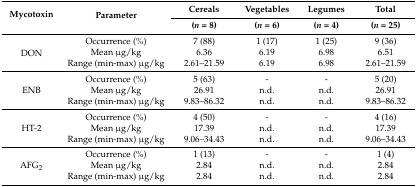
<table><thead><tr><td rowspan="2"><b>Mycotoxin</b></td><td rowspan="2"><b>Parameter</b></td><td><b>Cereals</b></td><td><b>Vegetables</b></td><td><b>Legumes</b></td><td><b>Total</b></td></tr><tr><td><b>(<i>n =</i> 8)</b></td><td><b>(<i>n =</i> 6)</b></td><td><b>(<i>n =</i> 4)</b></td><td><b>(<i>n =</i> 25)</b></td></tr></thead><tbody><tr><td rowspan="3">DON</td><td>Occurrence (%)</td><td>7 (88)</td><td>1 (17)</td><td>1 (25)</td><td>9 (36)</td></tr><tr><td>Mean μg/kg</td><td>6.36</td><td>6.19</td><td>6.98</td><td>6.51</td></tr><tr><td>Range (min-max) μg/kg</td><td>2.61–21.59</td><td>6.19</td><td>6.98</td><td>2.61–21.59</td></tr><tr><td rowspan="3">ENB</td><td>Occurrence (%)</td><td>5 (63)</td><td>-</td><td>-</td><td>5 (20)</td></tr><tr><td>Mean μg/kg</td><td>26.91</td><td>n.d.</td><td>n.d.</td><td>26.91</td></tr><tr><td>Range (min-max) μg/kg</td><td>9.83–86.32</td><td>n.d.</td><td>n.d.</td><td>9.83–86.32</td></tr><tr><td rowspan="3">HT-2</td><td>Occurrence (%)</td><td>4 (50)</td><td>-</td><td>-</td><td>4 (16)</td></tr><tr><td>Mean μg/kg</td><td>17.39</td><td>n.d.</td><td>n.d.</td><td>17.39</td></tr><tr><td>Range (min-max) μg/kg</td><td>9.06–34.43</td><td>n.d.</td><td>n.d.</td><td>9.06–34.43</td></tr><tr><td rowspan="3">AFG<sub>2</sub></td><td>Occurrence (%)</td><td>1 (13)</td><td>-</td><td>-</td><td>1 (4)</td></tr><tr><td>Mean μg/kg</td><td>2.84</td><td>n.d.</td><td>n.d.</td><td>2.84</td></tr><tr><td>Range (min-max) μg/kg</td><td>2.84 </td><td>n.d.</td><td>n.d.</td><td>2.84</td></tr></tbody></table>